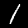
Label: 1